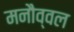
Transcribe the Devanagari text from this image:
मनौव्वल